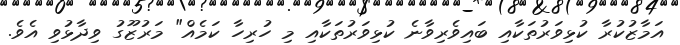
އަމާޒުކުރާ ކުޅިވަރުތަކާއި ބައިވެރިވާނެ ކުޅިވަރުތަކާއި މި ހުރިހާ ކަމެއް" މަރުޒޫގު ވިދާޅުވި އެވެ.